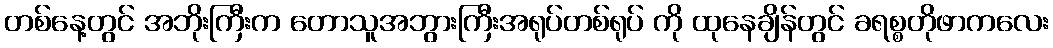
တစ်နေ့တွင် အဘိုးကြီးက တောသူအဘွားကြီးအရုပ်တစ်ရုပ် ကို ထုနေချိန်တွင် ခရစ္စတိုဖာကလေး